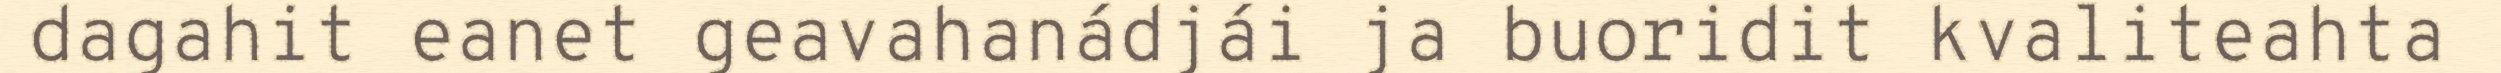
dagahit eanet geavahanádjái ja buoridit kvaliteahta